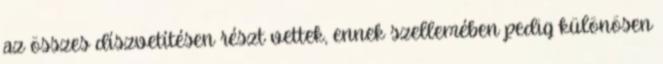
az összes díszvetítésen részt vettek, ennek szellemében pedig különösen